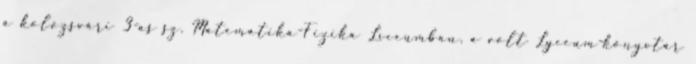
a kolozsvári 3-as sz. Matematika-Fizika Líceumban, a volt Lyceum-könyvtár